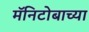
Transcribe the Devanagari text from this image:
मॅनिटोबाच्या